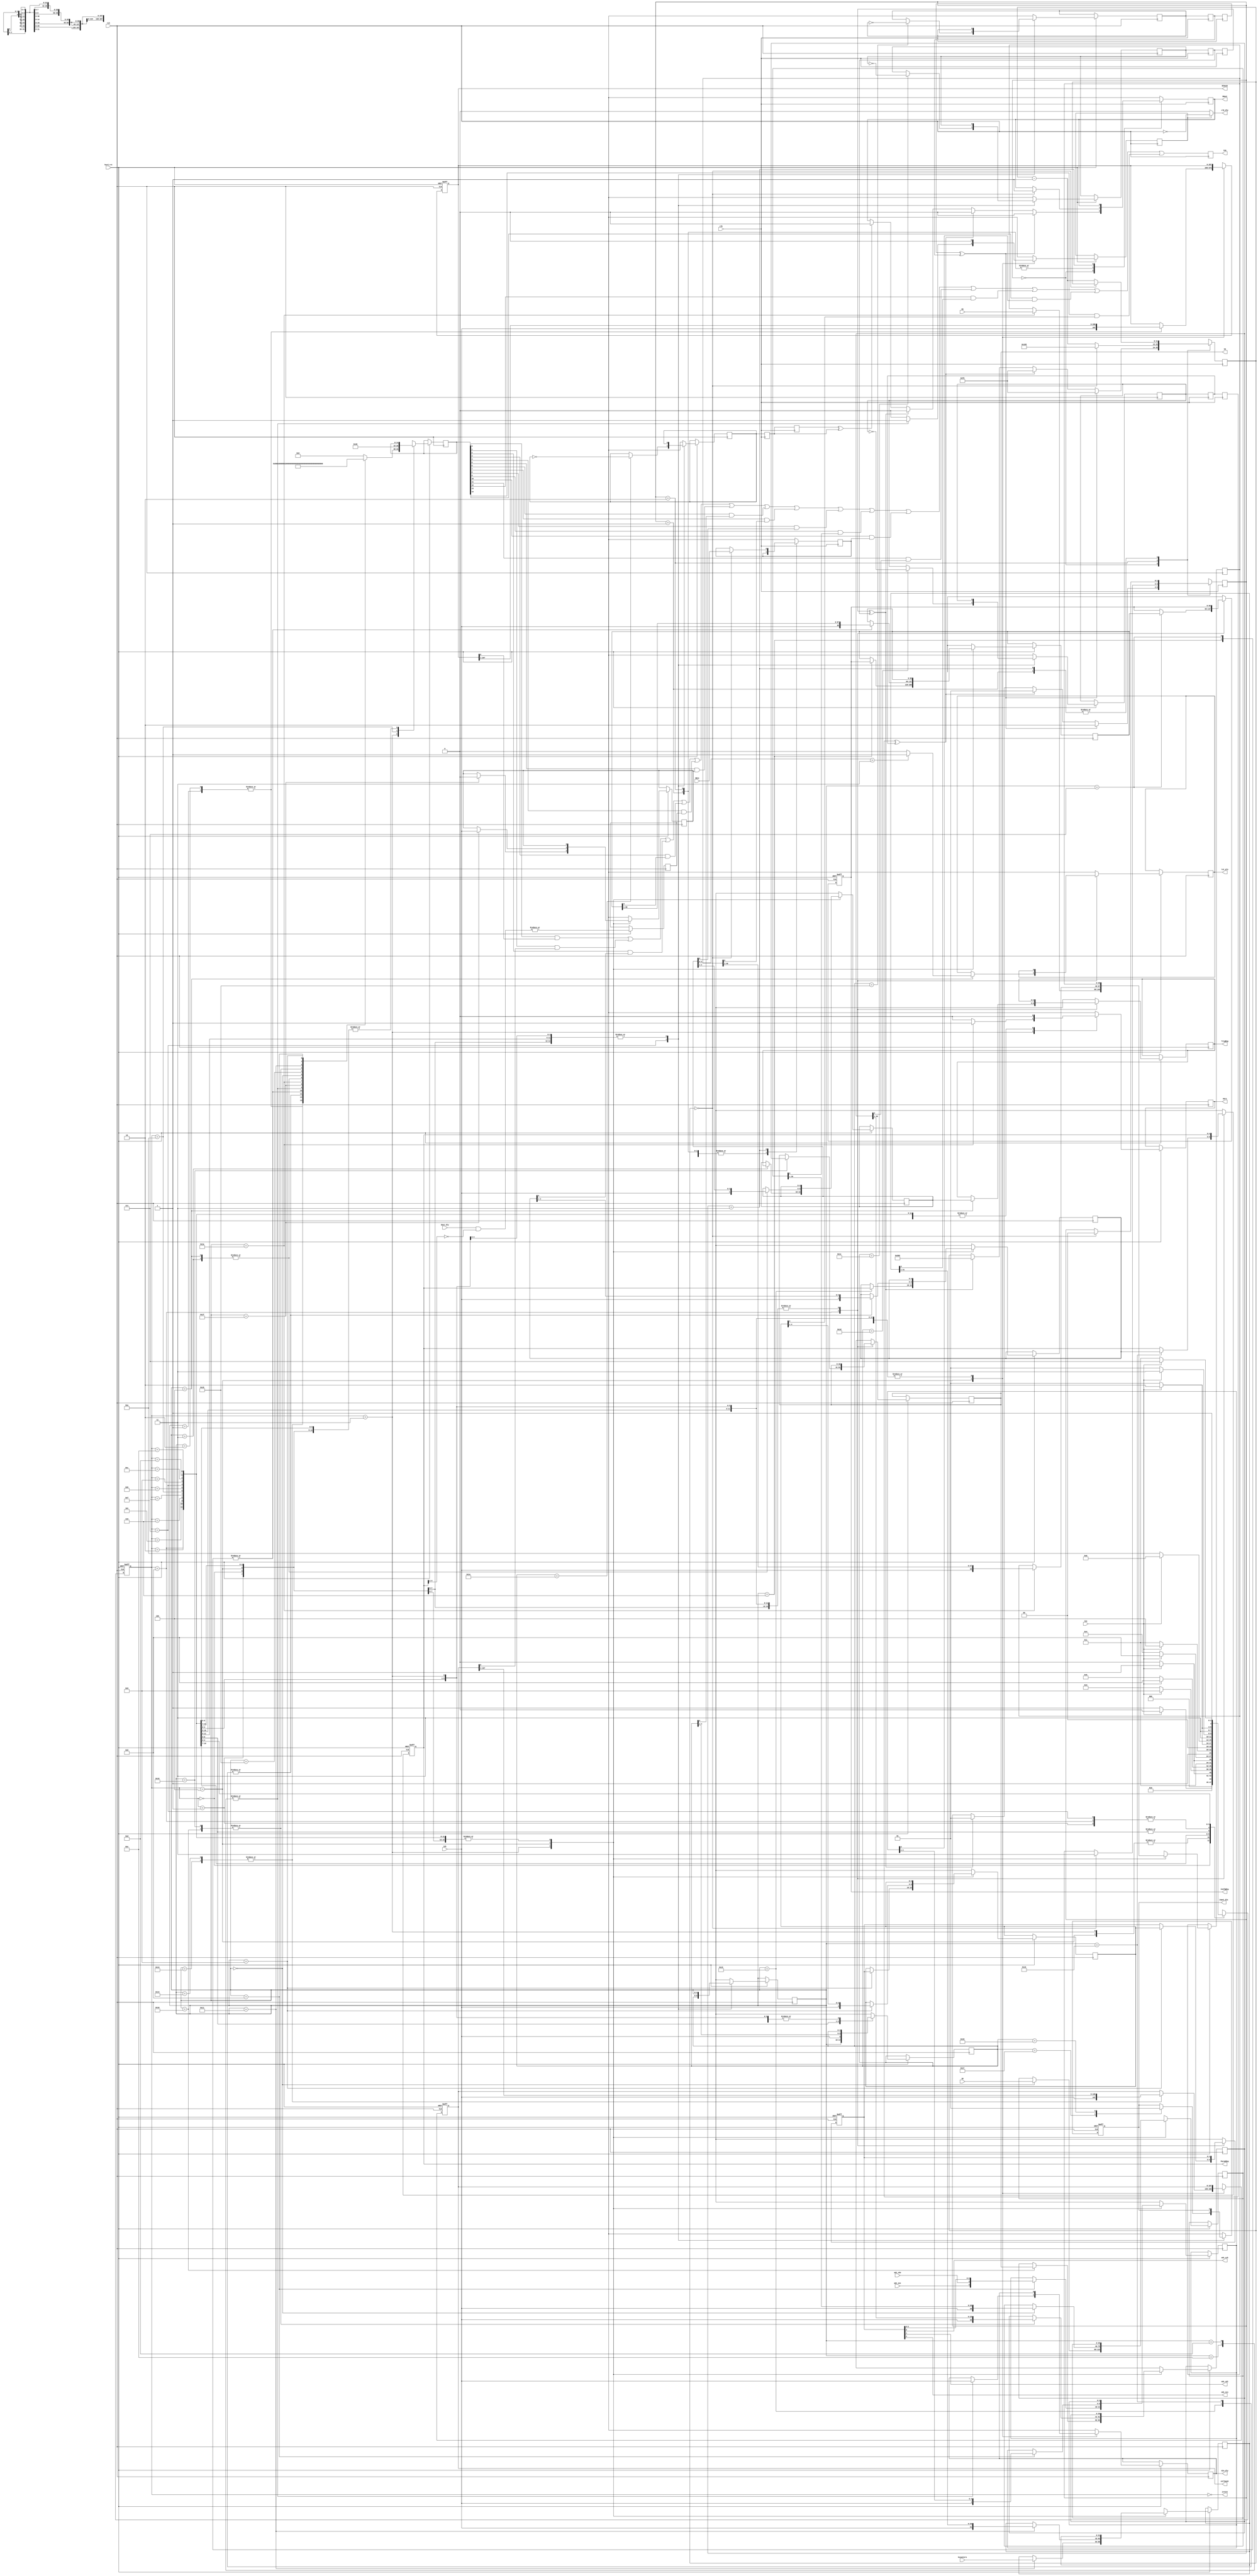
// This  Verilog HDL  source  file was  automatically generated
// by C++ model based on VPP library. Modification of this file
// is possible, but if you want to keep it in sync with the C++
// model,  please  modify  the model and re-generate this file.
// VPP library web-page: http://www.phys.ufl.edu/~madorsky/vpp/

// Timestamp : Tue Feb 19 18:16:51 2013

module jtag
(
    tck,
    tms,
    tdi,
    tdo,
    HCmask,
    collmask,
    ParamReg,
    ConfgReg,
    tst_pls,
    din_dly,
    dout_dly,
    clk_dly,
    input_dis,
    YR,
    OS,
    OSre,
    adc_sck,
    adc_sdi,
    adc_ncs,
    adc_sdo,
    adc_eoc,
    hard_rst,
    jstate,
    ID,
    TrigReg,
    SNout,
    SNin,
    hcounters,
    clk
);

    input tck;
    input tms;
    input tdi;
    output tdo;
    reg    tdo;
    output [287:0] HCmask;
    reg    [287:0] HCmask;
    output [167:0] collmask;
    reg    [167:0] collmask;
    output [4:0] ParamReg;
    reg    [4:0] ParamReg;
    output [68:0] ConfgReg;
    reg    [68:0] ConfgReg;
    output tst_pls;
    reg    tst_pls;
    output din_dly;
    reg    din_dly;
    input [2:0] dout_dly;
    output clk_dly;
    output input_dis;
    reg    input_dis;
    output [30:0] YR;
    reg    [30:0] YR;
    input [48:0] OS;
    output OSre;
    reg    OSre;
    output adc_sck;
    output adc_sdi;
    output adc_ncs;
    input adc_sdo;
    input adc_eoc;
    input hard_rst;
    output [3:0] jstate;
    input [39:0] ID;
    output [4:0] TrigReg;
    reg    [4:0] TrigReg;
    output SNout;
    reg    SNout;
    input SNin;
    input [31:0] hcounters;
    input clk;

    parameter IRsize = 4;
    parameter SRsize = 4;
    parameter HCsize = 287;
    parameter cmsize = 167;
    parameter PRsize = 4;
    parameter CRsize = 68;
    parameter YRsize = 30;
    parameter OSsize = 48;
    parameter TRsize = 4;
    parameter IDsize = 39;
    parameter CNsize = 31;
    parameter RunTestIdle = 1;
    parameter TestLogicReset = 0;
    parameter SelDRScan = 2;
    parameter CaptureDR = 3;
    parameter ShiftDR = 4;
    parameter Exit1DR = 5;
    parameter PauseDR = 6;
    parameter Exit2DR = 7;
    parameter UpdateDR = 8;
    parameter SelIRScan = 9;
    parameter CaptureIR = 10;
    parameter ShiftIR = 11;
    parameter Exit1IR = 12;
    parameter PauseIR = 13;
    parameter Exit2IR = 14;
    parameter UpdateIR = 15;
    parameter IDRead = 0;
    parameter HCMaskRead = 1;
    parameter HCMaskWrite = 2;
    parameter RdTrig = 3;
    parameter WrTrig = 4;
    parameter RdCfg = 6;
    parameter WrCfg = 7;
    parameter Wdly = 13;
    parameter Rdly = 14;
    parameter YRwrite = 25;
    parameter YRread = 16;
    parameter CNread = 17;
    parameter ADCread = 8;
    parameter ADCwrite = 9;
    parameter CollMaskRead = 19;
    parameter CollMaskWrite = 20;
    parameter ParamRegRead = 21;
    parameter ParamRegWrite = 22;
    parameter InputEnable = 23;
    parameter InputDisable = 24;
    parameter OSread = 26;
    parameter SNread = 27;
    parameter SNwrite0 = 28;
    parameter SNwrite1 = 29;
    parameter SNreset = 30;
    parameter Bypass = 31;
    parameter SNidleST = 0;
    parameter SNwriteST = 1;
    parameter SNreadST = 2;
    parameter SNsampleST = 3;
    reg [4:0] ParamRegs;
    reg [68:0] ConfgRegs;
    reg dly_clk_en;
    reg [3:0] TAPstate;
    reg [4:0] IR;
    reg bpass;
    reg [4:0] sr;
    reg [14:0] tdomux;
    reg dly_tdo;
    reg [30:0] YRs;
    reg [48:0] OSs;
    reg [4:0] TrigRegs;
    reg [39:0] IDs;
    reg [11:0] SNcnt;
    reg SNrd;
    reg SNresetRQ;
    reg SNwrite0RQ;
    reg SNwrite1RQ;
    reg SNreadRQ;
    reg SNresetRQ1;
    reg SNwrite0RQ1;
    reg SNwrite1RQ1;
    reg SNreadRQ1;
    reg SNresetRQ2;
    reg SNwrite0RQ2;
    reg SNwrite1RQ2;
    reg SNreadRQ2;
    reg [1:0] SNstate;
    reg [31:0] hcounterss;
initial input_dis = 0;
initial TAPstate = RunTestIdle;
    reg [4:0] adc_wr_reg;
    wire [4:0] adc_rd_reg;
    reg [4:0] adc_wr_sr;
    reg [4:0] adc_rd_sr;
    assign adc_sck = adc_wr_reg[0];
    assign adc_sdi = adc_wr_reg[1];
    assign adc_ncs = adc_wr_reg[2];
    assign adc_rd_reg[0] = adc_wr_reg[0];
    assign adc_rd_reg[1] = adc_wr_reg[1];
    assign adc_rd_reg[2] = adc_wr_reg[2];
    assign adc_rd_reg[3] = adc_sdo;
    assign adc_rd_reg[4] = adc_eoc;
    always @(posedge tck or negedge hard_rst) 
    begin
        if (hard_rst == 0) 
        begin
            collmask = 0;
            collmask = ~collmask;
            HCmask = 0;
            HCmask = ~HCmask;
            ParamReg = 9'b1111111_01;
            ConfgReg = 69'b01_0_00_00_1_0_0_000_101_0_0001_0011_01111000_000_01_00001_00111_11_100_010_00000001_0_0_0_00;
            input_dis = 0;
            TAPstate = RunTestIdle;
            adc_wr_reg[0] = 0;
            adc_wr_reg[1] = 0;
            adc_wr_reg[2] = 1;
            adc_wr_reg[3] = 0;
            adc_wr_reg[4] = 0;
        end
        else 
        begin
            dly_tdo = |(dout_dly & (~ParamReg[4:2]));
            dly_clk_en = 0;
            OSre = 0;
            case (TAPstate)
                RunTestIdle : TAPstate = (tms == 0) ? RunTestIdle : SelDRScan;
                TestLogicReset : TAPstate = (tms == 0) ? RunTestIdle : TestLogicReset;
                CaptureDR : 
                begin
                    TAPstate = (tms == 0) ? ShiftDR : Exit1DR;
                    case (IR)
                        HCMaskWrite, HCMaskRead : tdomux = 1;
                        CollMaskWrite, CollMaskRead : tdomux = 2;
                        ParamRegWrite : tdomux = 4;
                        ParamRegRead : 
                        begin
                            tdomux = 4;
                            ParamRegs = ParamReg;
                        end
                        WrCfg : tdomux = 8;
                        RdCfg : 
                        begin
                            tdomux = 8;
                            ConfgRegs = ConfgReg;
                        end
                        Wdly, Rdly : tdomux = 16;
                        Bypass : 
                        begin
                            tdomux = 32;
                            bpass = 0;
                        end
                        OSread : 
                        begin
                            tdomux = 128;
                            OSs = OS;
                            OSre = 1;
                        end
                        WrTrig : tdomux = 256;
                        RdTrig : 
                        begin
                            tdomux = 256;
                            TrigRegs = TrigReg;
                        end
                        IDRead : 
                        begin
                            tdomux = 512;
                            IDs = ID;
                        end
                        SNread : tdomux = 1024;
                        YRwrite : tdomux = 2048;
                        YRread : 
                        begin
                            tdomux = 2048;
                            YRs = YR;
                        end
                        CNread : 
                        begin
                            tdomux = 4096;
                            hcounterss = hcounters;
                        end
                        ADCread : 
                        begin
                            tdomux = 8192;
                            adc_rd_sr = adc_rd_reg;
                        end
                        ADCwrite : 
                        begin
                            tdomux = 16384;
                            adc_wr_sr = adc_wr_reg;
                        end
                        default : tdomux = 0;
                    endcase
                end
                ShiftDR : 
                begin
                    TAPstate = (tms == 0) ? ShiftDR : Exit1DR;
                    case (IR)
                        HCMaskWrite, HCMaskRead : HCmask = {tdi, HCmask[HCsize:1]};
                        CollMaskWrite, CollMaskRead : collmask = {tdi, collmask[cmsize:1]};
                        ParamRegWrite, ParamRegRead : ParamRegs = {tdi, ParamRegs[PRsize:1]};
                        RdCfg, WrCfg : ConfgRegs = {tdi, ConfgRegs[CRsize:1]};
                        Bypass : bpass = tdi;
                        Wdly, Rdly : 
                        begin
                            din_dly = tdi;
                            dly_clk_en = 1;
                        end
                        YRwrite, YRread : YRs = {tdi, YRs[YRsize:1]};
                        CNread : hcounterss = {tdi, hcounterss[CNsize:1]};
                        OSread : OSs = {tdi, OSs[OSsize:1]};
                        RdTrig, WrTrig : TrigRegs = {tdi, TrigRegs[TRsize:1]};
                        IDRead : IDs = {tdi, IDs[IDsize:1]};
                        ADCread : adc_rd_sr = {tdi, adc_rd_sr[4:1]};
                        ADCwrite : adc_wr_sr = {tdi, adc_wr_sr[4:1]};
                    endcase
                end
                UpdateDR : 
                begin
                    TAPstate = (tms == 0) ? RunTestIdle : SelDRScan;
                    case (IR)
                        ParamRegWrite : ParamReg = ParamRegs;
                        WrTrig : 
                        begin
                            TrigReg = TrigRegs;
                            tst_pls = (TrigRegs[3:0] == 3) ? 1 : 0;
                        end
                        YRwrite : YR = YRs;
                        WrCfg : ConfgReg = ConfgRegs;
                        ADCwrite : adc_wr_reg = adc_wr_sr;
                    endcase
                end
                SelDRScan : TAPstate = (tms == 0) ? CaptureDR : SelIRScan;
                Exit1DR : TAPstate = (tms == 0) ? PauseDR : UpdateDR;
                PauseDR : TAPstate = (tms == 0) ? PauseDR : Exit2DR;
                Exit2DR : TAPstate = (tms == 0) ? ShiftDR : UpdateDR;
                CaptureIR : 
                begin
                    TAPstate = (tms == 0) ? ShiftIR : Exit1IR;
                    sr = IR;
                    tdomux = 64;
                end
                ShiftIR : 
                begin
                    TAPstate = (tms == 0) ? ShiftIR : Exit1IR;
                    sr = {tdi, sr[SRsize:1]};
                end
                UpdateIR : 
                begin
                    TAPstate = (tms == 0) ? RunTestIdle : SelDRScan;
                    IR = sr;
                    case (IR)
                        InputEnable : input_dis = 0;
                        InputDisable : input_dis = 1;
                        SNreset : SNresetRQ = ~SNresetRQ;
                        SNwrite0 : SNwrite0RQ = ~SNwrite0RQ;
                        SNwrite1 : SNwrite1RQ = ~SNwrite1RQ;
                        SNread : SNreadRQ = ~SNreadRQ;
                    endcase
                end
                SelIRScan : TAPstate = (tms == 0) ? CaptureIR : TestLogicReset;
                Exit1IR : TAPstate = (tms == 0) ? PauseIR : UpdateIR;
                PauseIR : TAPstate = (tms == 0) ? PauseIR : Exit2IR;
                Exit2IR : TAPstate = (tms == 0) ? ShiftIR : UpdateIR;
            endcase
        end
    end
    assign clk_dly = (dly_clk_en) ? !tck : 0;
    always @(negedge tck) 
    begin
        tdo = ((((((((((((tdomux[0] & HCmask[0]) | (tdomux[1] & collmask[0])) | (tdomux[2] & ParamRegs[0])) | (tdomux[3] & ConfgRegs[0])) | (tdomux[4] & dly_tdo)) | (tdomux[5] & bpass)) | (tdomux[6] & sr[0])) | (tdomux[7] & OSs[0])) | (tdomux[8] & TrigRegs[0])) | (tdomux[9] & IDs[0])) | (tdomux[10] & SNrd)) | (tdomux[11] & YRs[0])) | (tdomux[12] & hcounterss[0]);
        tdo = (tdo | (tdomux[13] & adc_rd_sr[0])) | (tdomux[14] & adc_wr_sr[0]);
    end
    assign jstate = ~TAPstate;
    always @(posedge clk) 
    begin
        case (SNstate)
            SNidleST : 
            begin
                if (SNresetRQ2 ^ SNresetRQ1) 
                begin
                    SNout = 0;
                end
                if (SNwrite0RQ2 ^ SNwrite0RQ1) 
                begin
                    SNstate = SNwriteST;
                    SNout = 0;
                    SNcnt = 2400;
                end
                if (SNwrite1RQ2 ^ SNwrite1RQ1) 
                begin
                    SNstate = SNwriteST;
                    SNout = 0;
                    SNcnt = 240;
                end
                if (SNreadRQ2 ^ SNreadRQ1) 
                begin
                    SNstate = SNreadST;
                    SNout = 0;
                    SNcnt = 240;
                end
            end
            SNwriteST : 
            begin
                if (SNcnt == 0) 
                begin
                    SNstate = SNidleST;
                    SNout = 1;
                end
                else SNcnt = SNcnt - 1;
            end
            SNreadST : 
            begin
                if (SNcnt == 0) 
                begin
                    SNstate = SNsampleST;
                    SNcnt = 360;
                    SNout = 1;
                end
                else SNcnt = SNcnt - 1;
            end
            SNsampleST : 
            begin
                if (SNcnt == 0) 
                begin
                    SNstate = SNidleST;
                    SNrd = SNin;
                end
                else SNcnt = SNcnt - 1;
            end
        endcase
        SNresetRQ2 = SNresetRQ1;
        SNwrite0RQ2 = SNwrite0RQ1;
        SNwrite1RQ2 = SNwrite1RQ1;
        SNreadRQ2 = SNreadRQ1;
        SNresetRQ1 = SNresetRQ;
        SNwrite0RQ1 = SNwrite0RQ;
        SNwrite1RQ1 = SNwrite1RQ;
        SNreadRQ1 = SNreadRQ;
    end
endmodule